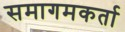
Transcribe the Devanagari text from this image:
समागमकर्ता